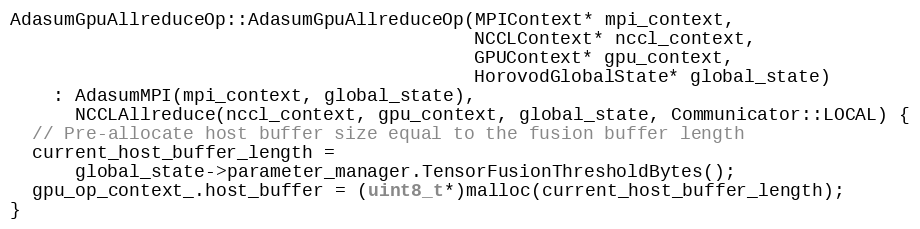
Language: C++
AdasumGpuAllreduceOp::AdasumGpuAllreduceOp(MPIContext* mpi_context,
                                           NCCLContext* nccl_context,
                                           GPUContext* gpu_context,
                                           HorovodGlobalState* global_state)
    : AdasumMPI(mpi_context, global_state),
      NCCLAllreduce(nccl_context, gpu_context, global_state, Communicator::LOCAL) {
  // Pre-allocate host buffer size equal to the fusion buffer length
  current_host_buffer_length =
      global_state->parameter_manager.TensorFusionThresholdBytes();
  gpu_op_context_.host_buffer = (uint8_t*)malloc(current_host_buffer_length);
}